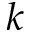
k